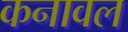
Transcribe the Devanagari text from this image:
कनावल